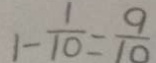
1 - \frac { 1 } { 1 0 } = \frac { 9 } { 1 0 }